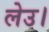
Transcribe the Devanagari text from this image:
लेउ।